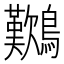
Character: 𪇽